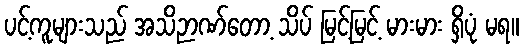
ပင့်ကူများသည် အသိဉာဏ်တော့ သိပ် မြင့်မြင့် မားမား ရှိပုံ မရ။